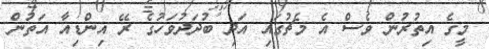
މީގެ އިތުރުން ވެސް އެ މެޗުގައި އަދި ބުދަދުވަހުގެ ރޭ އިންޑިއާ އަތުން